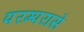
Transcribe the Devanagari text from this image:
परम्परासे